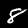
Digit: 8